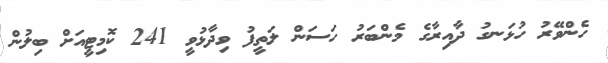
ހެންވޭރު ހުޅަނގު ދާއިރާގެ މެންބަރު ހަސަން ލަތީފު ވިދާޅުވީ 241 ކޮމިޓީއަށް ބިލުން